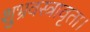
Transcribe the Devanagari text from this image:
शुभ्रवस्त्रावृता।